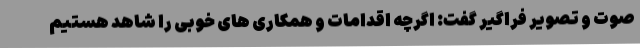
صوت و تصویر فراگیر گفت: اگرچه اقدامات و همکاری های خوبی را شاهد هستیم